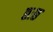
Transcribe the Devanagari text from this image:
छःछ